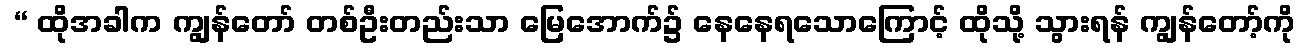
 “ ထိုအခါက ကျွန်တော် တစ်ဦးတည်းသာ မြေအောက်၌ နေနေရသောကြောင့် ထိုသို့ သွားရန် ကျွန်တော့်ကို